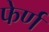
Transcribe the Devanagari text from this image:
फेर्ण